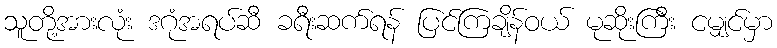
သူတို့အားလုံး ဒဂုံအရပ်ဆီ ခရီးဆက်ရန် ပြင်ကြချိန်ဝယ် မုဆိုးကြီး ငမျှင်မှာ